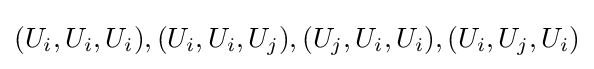
(U_{i},U_{i},U_{i}),(U_{i},U_{i},U_{j}),(U_{j},U_{i},U_{i}),(U_{i},U_{j},U_{i})